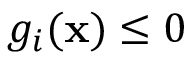
g _ { i } ( \mathbf { x } ) \leq 0